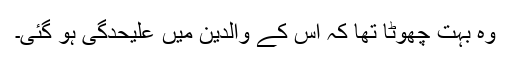
وہ بہت چھوٹا تھا کہ اس کے والدین میں علیحدگی ہو گئی۔